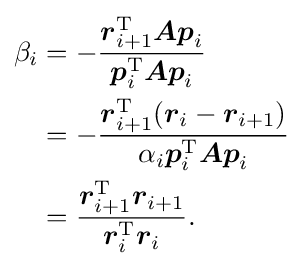
{\begin{aligned}\beta _{i}&=-{\frac {{\boldsymbol {r}}_{i+1}^{\mathrm {T} }{\boldsymbol {Ap}}_{i}}{{\boldsymbol {p}}_{i}^{\mathrm {T} }{\boldsymbol {Ap}}_{i}}}\\&=-{\frac {{\boldsymbol {r}}_{i+1}^{\mathrm {T} }({\boldsymbol {r}}_{i}-{\boldsymbol {r}}_{i+1})}{\alpha _{i}{\boldsymbol {p}}_{i}^{\mathrm {T} }{\boldsymbol {Ap}}_{i}}}\\&={\frac {{\boldsymbol {r}}_{i+1}^{\mathrm {T} }{\boldsymbol {r}}_{i+1}}{{\boldsymbol {r}}_{i}^{\mathrm {T} }{\boldsymbol {r}}_{i}}}{\text{.}}\end{aligned}}